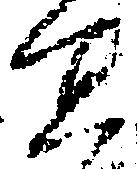
宜